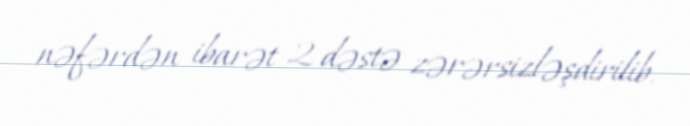
nəfərdən ibarət 2 dəstə zərərsizləşdirilib.